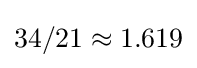
34/21\approx 1.619